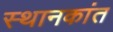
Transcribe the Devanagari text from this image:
स्थानकांत